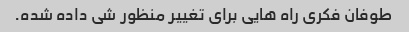
طوفان فکری راه هایی برای تغییر منظور شی داده شده.